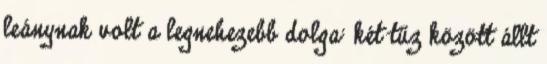
leánynak volt a legnehezebb dolga: két tűz között állt